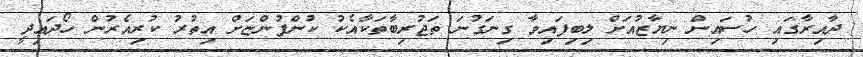
ދާއިރާގައި ހުސައިން ނިޔާޒުއަށް ލިބިފައިވާ ގިނަގުނަ ތަޖުރިބާތަކާއެކު ކުންފުންޏަށް އިތުރު ކުރިއެރުން ހޯދައިދީ